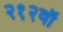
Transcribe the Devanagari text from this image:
२१२वॉ